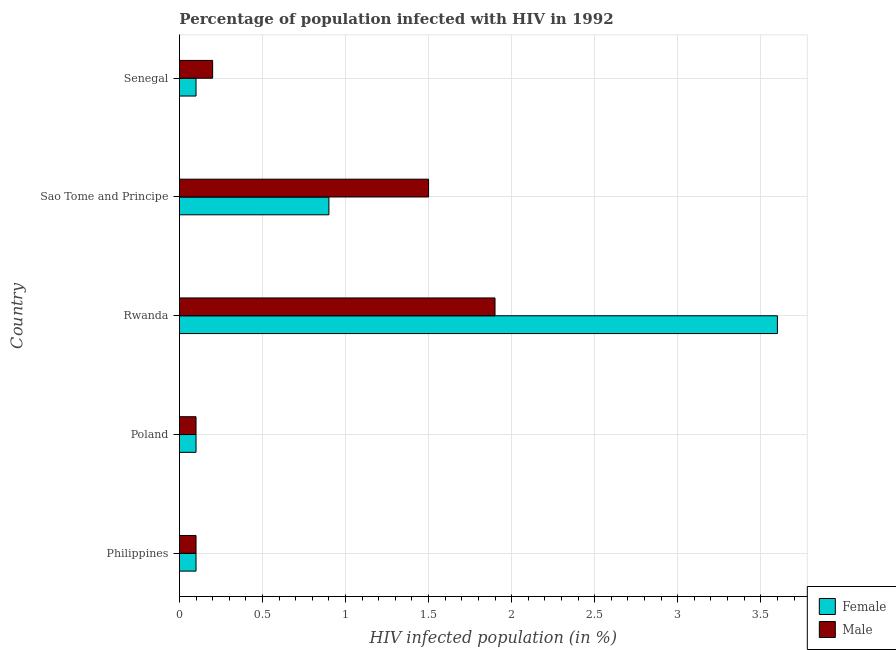
| Country | Female | Male |
 | --- | --- | --- |
 | Philippines | 0.1 | 0.1 |
 | Poland | 0.1 | 0.1 |
 | Rwanda | 3.6 | 1.9 |
 | Sao Tome and Principe | 0.9 | 1.5 |
 | Senegal | 0.1 | 0.2 |